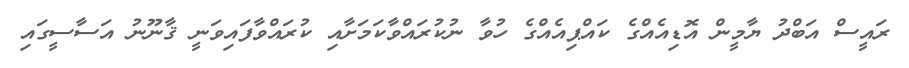
ރައީސް އަބްދު ޔާމީން އޮޑިއެއްގެ ކައްޕިއެއްގެ ހުވާ ނުކުރައްވާކަމަށާއި ކުރައްވާފައިވަނީ ޤާނޫނު އަސާސީގައި